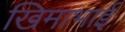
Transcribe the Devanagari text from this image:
खिमाभाई